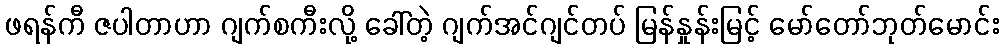
ဖရန်ကီ ဇပါတာဟာ ဂျက်စကီးလို့ ခေါ်တဲ့ ဂျက်အင်ဂျင်တပ် မြန်နှုန်းမြင့် မော်တော်ဘုတ်မောင်း